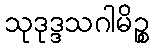
သုဒုဒ္ဒသဂါမိဉ္စ